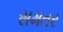
સમતર